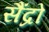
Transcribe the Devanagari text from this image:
सैंद्रो